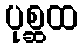
ပုစ္ဆထ